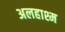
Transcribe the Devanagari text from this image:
अलहाश्म